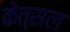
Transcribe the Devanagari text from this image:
केत्सल